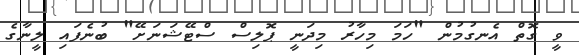
ވީ ގޮތް އެނގުމުން "ހަމަ މިހާރު މިދަނީ ޕޮލިސް ސްޓޭޝަނަށޭ" ބުނެފައި ލީނާގެ